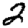
Digit: 2